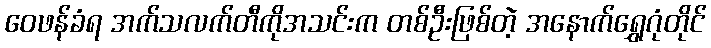
ဝေဖန်ခံရ အက်သလက်တီကိုအသင်းက တစ်ဦးဖြစ်တဲ့ အနောက်ရွှေဂုံတိုင်